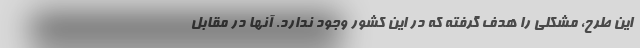
این طرح، مشکلی را هدف گرفته که در این کشور وجود ندارد. آنها در مقابل